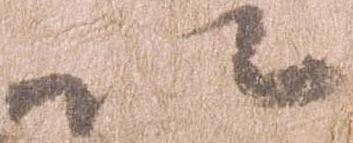
以